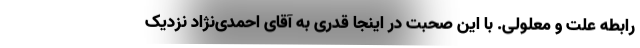
رابطه علت و معلولی. با این صحبت در اینجا قدری به آقای احمدی‌نژاد نزدیک